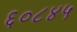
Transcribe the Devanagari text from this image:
६०८४५